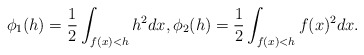
\begin{align*} \begin{aligned} \phi_1(h)=\frac{1}{2}\int_{f(x)<h}h^2dx, \phi_2(h)=\frac{1}{2}\int_{f(x)<h}f(x)^2dx. \end{aligned} \end{align*}